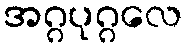
အဂ္ဂပုဂ္ဂလေ